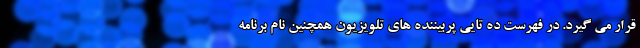
قرار می گیرد. در فهرست ده تایی پربیننده های تلویزیون همچنین نام برنامه